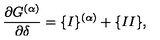
\frac { \partial G ^ { ( \alpha ) } } { \partial \delta } = \{ I \} ^ { ( \alpha ) } + \{ I I \} ,